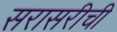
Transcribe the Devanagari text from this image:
सरासरीची